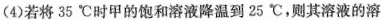
(4)若将35℃时甲的饱和溶液降温到25℃，则其溶液的溶